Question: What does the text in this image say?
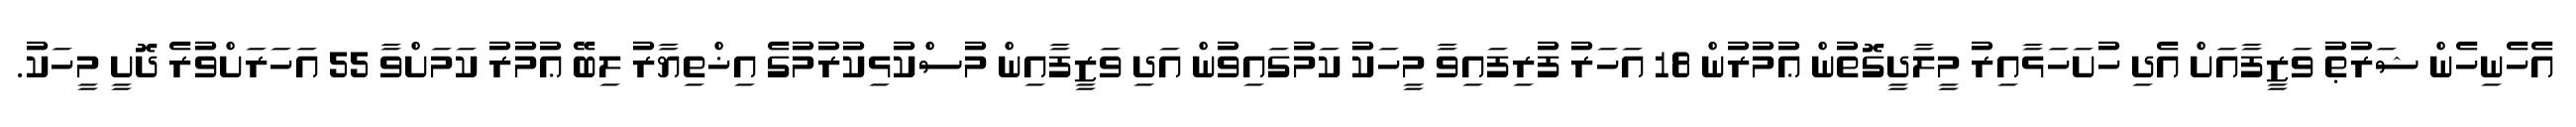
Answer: އެހެނިހެން ޝަރުޠު ވަޒީފާއަށް އެދި ހުށަހަޅާއިރު މީލާދީގޮތުން ޢުމުރުން 18 އަހަރު ފުރިފައިވާ މީހަކު ކަމުގައިވުން އަދި ވަޒީފާއިން މުސްކުޅިކުރުމުގެ އިޚްތިޔާރު ލިބޭ ޢުމުރު ކަމަށްވާ 55 އަހަރަށްވުރެ ދޮށީ މީހަކު.